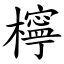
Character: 檸